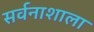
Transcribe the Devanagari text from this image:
सर्वनाशाला